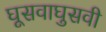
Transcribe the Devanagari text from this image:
घूसवाघुसवी